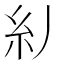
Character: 𱹪